Vaccination in Bombay 1856-1862 - 1856-1862
Year: 1856
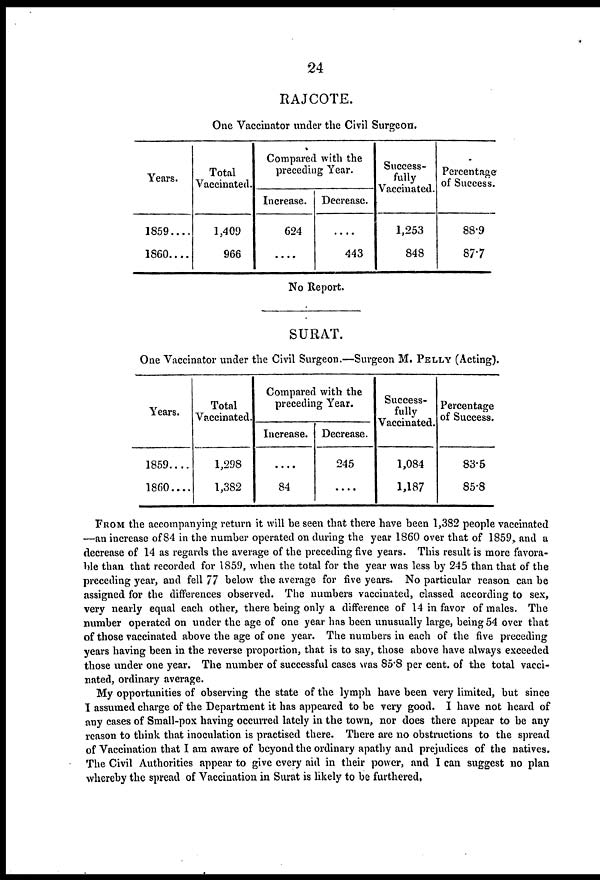
24
RAJCOTE.
One Vaccinator under the Civil Surgeon.
Years.
1859....
1860....
Total
Vaccinated.
1,409
966
Compared with the
preceding Year.
Increase.
624
....
Decrease.
....
443
Success-
fully
Vaccinated.
1,253
848
Percentage
of Success.
88.9
87.7
No Report.
SURAT.
One Vaccinator under the Civil Surgeon.—Surgeon M. PELLY (Acting).
Years.
1859....
1860....
Total
Vaccinated.
1,298
1,382
Compared with the
preceding Year.
Increase.
....
84
Decrease.
245
....
Success¬
fully
Vaccinated.
1,084
1,187
Percentage
of Success.
83.5
85.8
FROM the accompanying return it will be seen that there have been 1,382 people vaccinated
—an increase of 84 in the number operated on during the year 1860 over that of 1859, and a
decrease of 14 as regards the average of the preceding five years. This result is more favora-
ble than that recorded for 1859, when the total for the year was less by 245 than that of the
preceding year, and fell 77 below the average for five years. No particular reason can be
assigned for the differences observed. The numbers vaccinated, classed according to sex,
very nearly equal each other, there being only a difference of 14 in favor of males. The
number operated on under the age of one year has been unusually large, being 54 over that
of those vaccinated above the age of one year. The numbers in each of the five preceding
years having been in the reverse proportion, that is to say, those above have always exceeded
those under one year. The number of successful cases was 85.8 per cent. of the total vacci-
nated, ordinary average.
My opportunities of observing the state of the lymph have been very limited, but since
I assumed charge of the Department it has appeared to be very good. I have not heard of
any cases of Small-pox having occurred lately in the town, nor does there appear to be any
reason to think that inoculation is practised there. There are no obstructions to the spread
of Vaccination that I am aware of beyond the ordinary apathy and prejudices of the natives.
The Civil Authorities appear to give every aid in their power, and I can suggest no plan
whereby the spread of Vaccination in Surat is likely to be furthered,